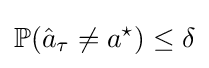
\mathbb {P} ({\hat {a}}_{\tau }\neq a^{\star })\leq \delta